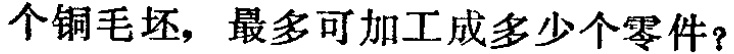
个铜毛坯，最多可加工成多少个零件？